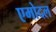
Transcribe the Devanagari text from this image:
एमोदल